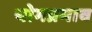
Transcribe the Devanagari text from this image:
योगप्रभाव